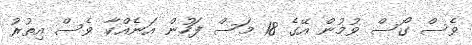
ވެސް ގޯސް ވުމުން އޭގެ 18 މަސް ފަހުން އަނެއްކާ ވެސް އިތުރު